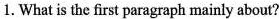
1. What is the first paragraph mainly about?